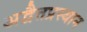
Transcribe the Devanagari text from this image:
अद्वैतप्रस्थान